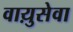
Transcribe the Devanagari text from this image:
वाय़ुसेवा